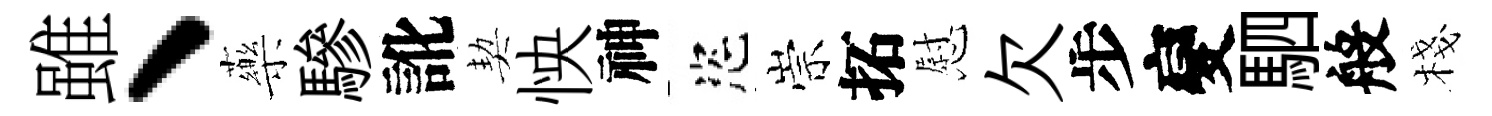
雖、藥驂訛契怏神恣崇拓慰欠步變駟般棧